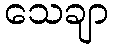
သေချာ